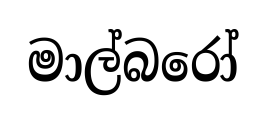
මාල්බරෝ